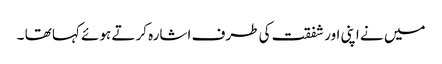
میں نے اپنی اور شفقت کی طرف اشارہ کرتے ہوئے کہا تھا ۔